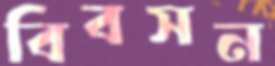
বিবসন